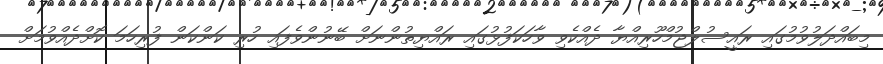
މިބައްދަލުވުމުގައި ރައީސުލްޖުމްހޫރިއްޔާ ދެއްކެވި ވާހަކަފުޅުގައި ރައްޔިތުންނަށް ބޭނުންވެފައި ހުރި ކަންކަން ފުރިހަމަ ކޮށްދެއްވުމަށް